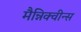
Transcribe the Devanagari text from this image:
मैन्निक्वीन्स